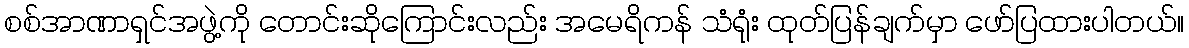
စစ်အာဏာရှင်အဖွဲ့ကို တောင်းဆိုကြောင်းလည်း အမေရိကန် သံရုံး ထုတ်ပြန်ချက်မှာ ဖော်ပြထားပါတယ်။